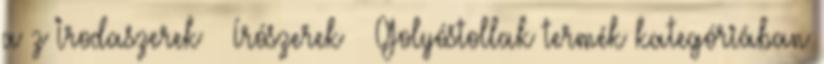
a z Irodaszerek Írószerek Golyóstollak termék kategóriában